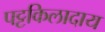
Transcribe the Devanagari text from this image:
पट्टकिलादाय